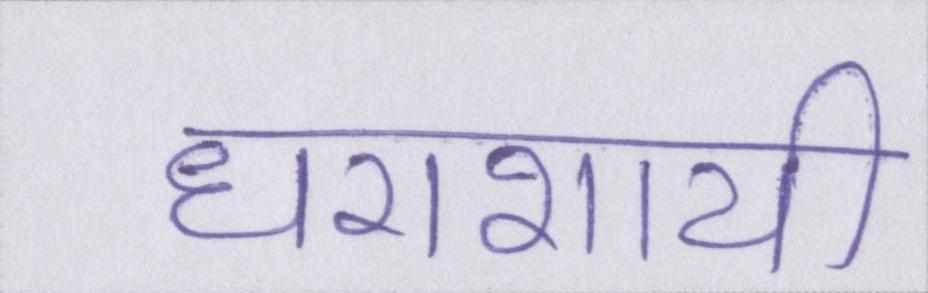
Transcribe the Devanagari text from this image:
धराशायी